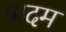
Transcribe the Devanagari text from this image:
पादम